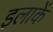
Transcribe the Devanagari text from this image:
इलाकें